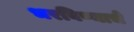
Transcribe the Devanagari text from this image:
भरविण्याचे